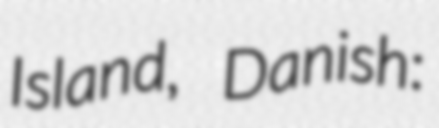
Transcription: Island, Danish: